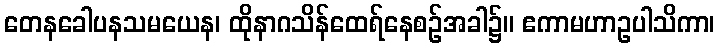
တေနခေါပနသမယေန၊ ထိုနာဂသိန်ထေရ်နေစဉ်အခါ၌။ ဧကာမဟာဥပါသိကာ၊